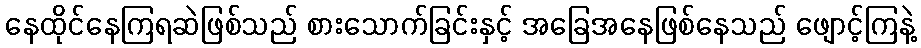
နေထိုင်နေကြရဆဲဖြစ်သည် စားသောက်ခြင်းနှင့် အခြေအနေဖြစ်နေသည် ဖျောင့်ကြနဲ့